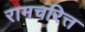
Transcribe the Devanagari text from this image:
रामचरित्त